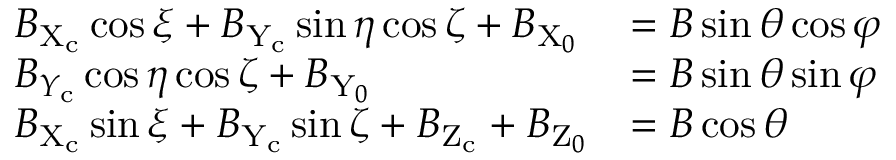
\begin{array} { l l } { B _ { \mathrm { X } _ { \mathrm { c } } } \cos \xi + B _ { \mathrm { Y } _ { \mathrm { c } } } \sin \eta \cos \zeta + B _ { \mathrm { X } _ { 0 } } } & { = B \sin \theta \cos \varphi } \\ { B _ { Y _ { \mathrm { c } } } \cos \eta \cos \zeta + B _ { \mathrm { Y } _ { 0 } } } & { = B \sin \theta \sin \varphi } \\ { B _ { \mathrm { X } _ { \mathrm { c } } } \sin \xi + B _ { \mathrm { Y } _ { \mathrm { c } } } \sin \zeta + B _ { \mathrm { Z } _ { \mathrm { c } } } + B _ { \mathrm { Z } _ { 0 } } } & { = B \cos \theta } \end{array}